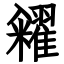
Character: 糴